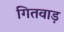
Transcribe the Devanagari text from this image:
गितवाड़